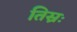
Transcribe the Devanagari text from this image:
तिस्रः